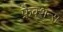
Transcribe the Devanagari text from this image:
फ्रैक्शन्स